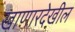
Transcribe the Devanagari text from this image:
खाणारदेखील